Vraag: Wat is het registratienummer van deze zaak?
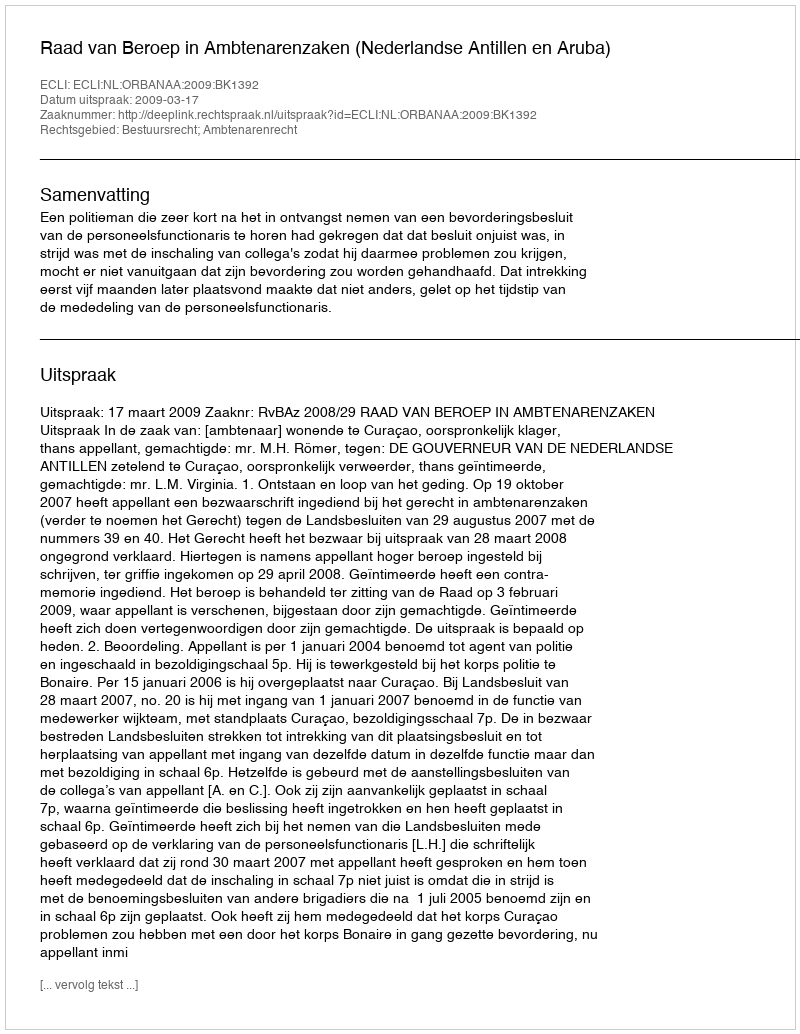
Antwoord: http://deeplink.rechtspraak.nl/uitspraak?id=ECLI:NL:ORBANAA:2009:BK1392